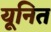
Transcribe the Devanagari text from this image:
यूनित